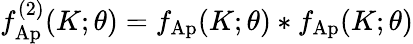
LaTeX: f_{\mathrm{Ap}}^{(2)}(K;\theta)=f_{\mathrm{Ap}}(K;\theta)*f_{\mathrm{Ap}}(K;\theta)